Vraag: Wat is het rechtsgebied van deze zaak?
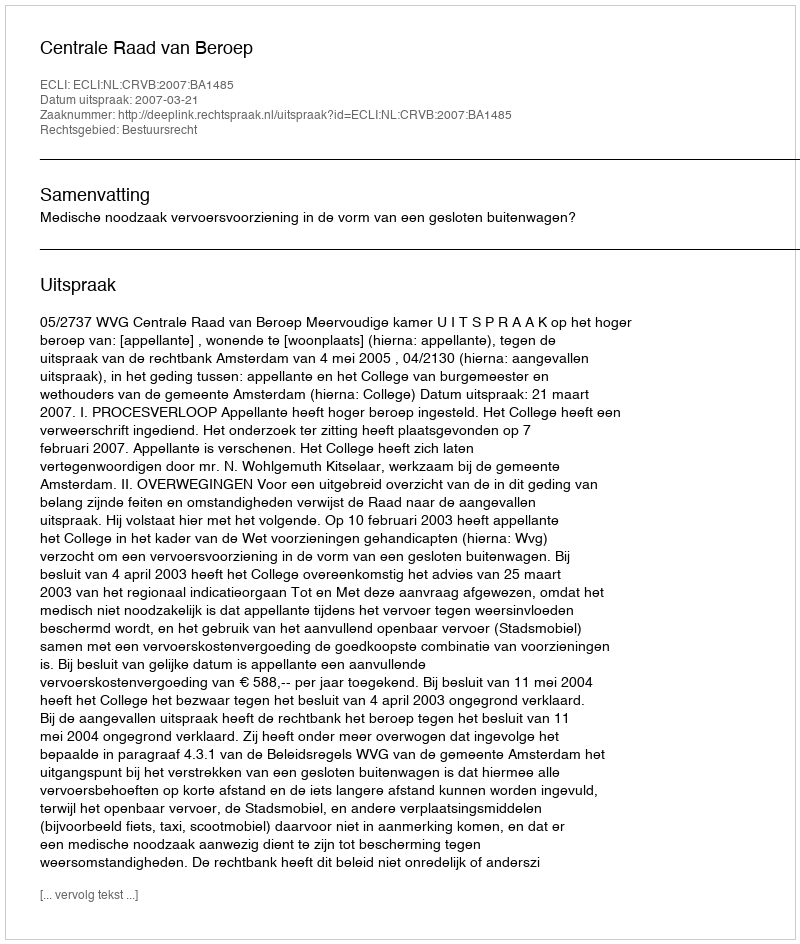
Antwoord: Bestuursrecht